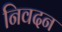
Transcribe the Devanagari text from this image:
निवदन